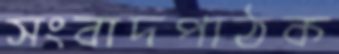
সংবাদপাঠক